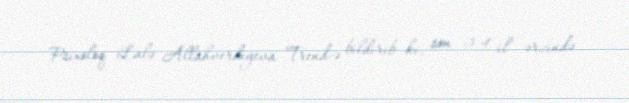
Psixoloq Lalə Allahverdiyeva Trend-ə bildirib ki, son 3-4 il ərzində